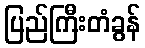
ပြည်ကြီးတံခွန်